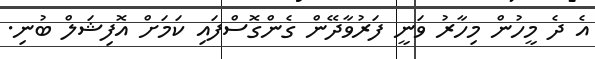
އެ ދެ މީހުން މިހާރު ވަނީ ފަރުވާދޭން ގެންގޮސްފައި ކަމަށް އޮފިޝަލް ބުނި.